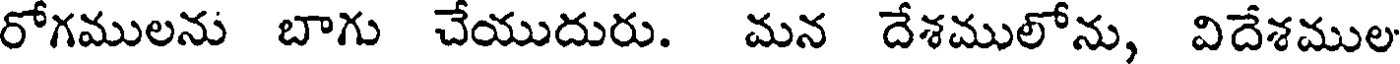
రోగములను బాగు చేయుదురు. మన దేశములోను, విదేశముల